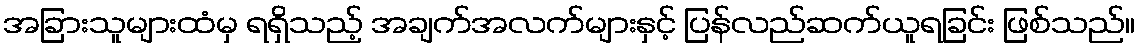
အခြားသူများထံမှ ရရှိသည့် အချက်အလက်များနှင့် ပြန်လည်ဆက်ယူရခြင်း ဖြစ်သည်။